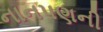
નાનપણની